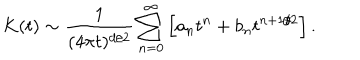
K ( t ) \sim { \frac { 1 } { ( 4 \pi t ) ^ { d / 2 } } } \sum _ { n = 0 } ^ { \infty } \left[ a _ { n } t ^ { n } + b _ { n } t ^ { n + 1 / 2 } \right] .